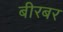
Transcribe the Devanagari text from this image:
बीरबर